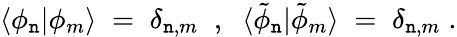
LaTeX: \langle\phi_{\mathtt{n}}|\phi_{m}\rangle\; =\; \delta_{\mathtt{n},m}\; \; ,\; \; \langle{\tilde{{\phi}}}_{\mathtt{n}}|{\tilde{{\phi}}}_{m}\rangle\; =\; \delta_{\mathtt{n},m}\; .